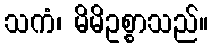
သကံ၊ မိမိဥစ္စာသည်။